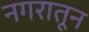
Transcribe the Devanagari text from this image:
नगरातून